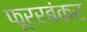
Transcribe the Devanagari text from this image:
फूररबंकर